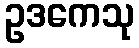
ဥဒကေသု